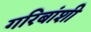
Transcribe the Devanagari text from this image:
गरिबांशी